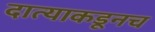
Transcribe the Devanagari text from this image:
दात्याकडूनच